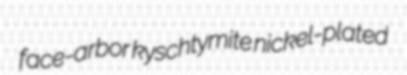
face-arbor kyschtymite nickel-plated